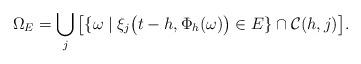
LaTeX: \begin{align*}\Omega_E= \bigcup_j \big [ \{\omega \mid \xi_j\big(t -h, \Phi_h(\omega)\big) \in E\} \cap \mathcal C(h,j) \big ].\end{align*}